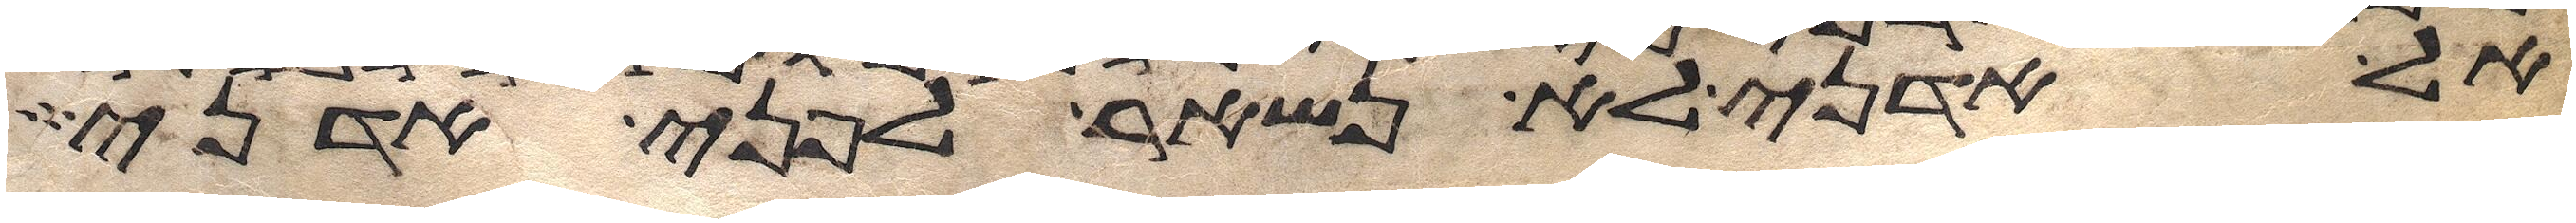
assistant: אל אדני לא נשאר לפני אדני